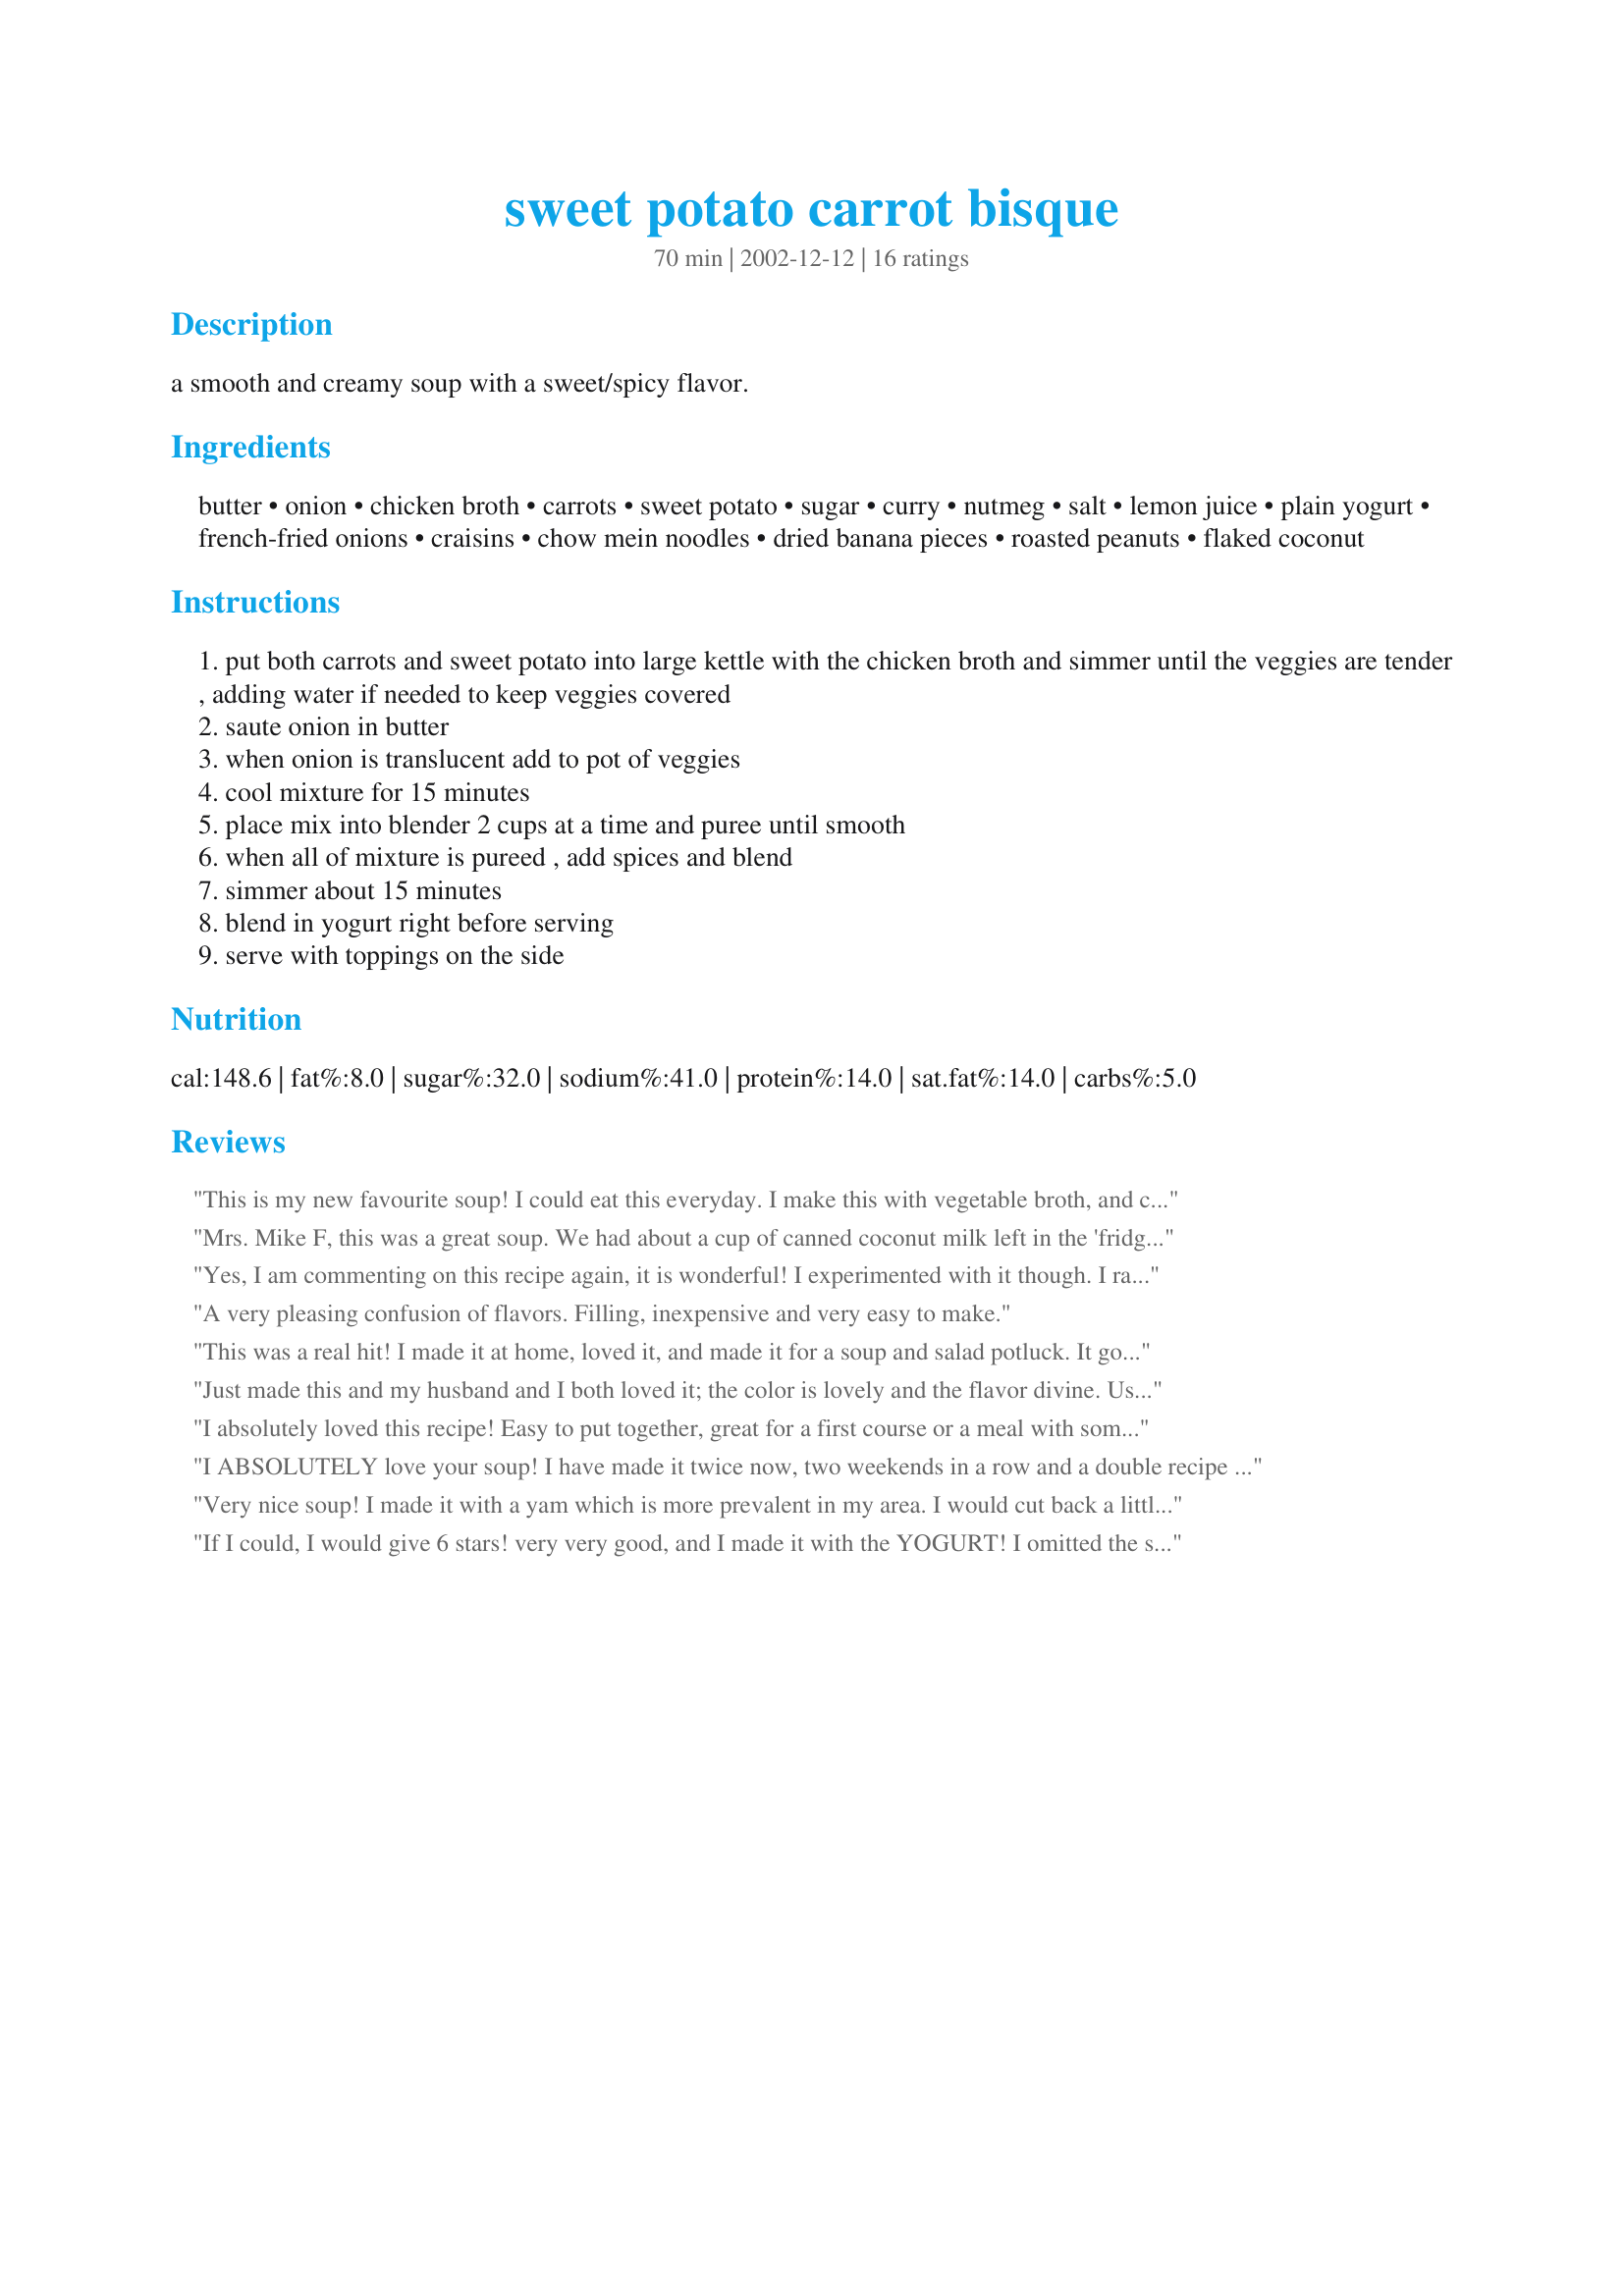
sweet potato carrot bisque
Preparation time: 70 minutes

a smooth and creamy soup with a sweet/spicy flavor.

Ingredients:
butter, onion, chicken broth, carrots, sweet potato, sugar, curry, nutmeg, salt, lemon juice, plain yogurt, french-fried onions, craisins, chow mein noodles, dried banana pieces, roasted peanuts, flaked coconut

Steps:
put both carrots and sweet potato into large kettle with the chicken broth and simmer until the veggies are tender , adding water if needed to keep veggies covered
saute onion in butter
when onion is translucent add to pot of veggies
cool mixture for 15 minutes
place mix into blender 2 cups at a time and puree until smooth
when all of mixture is pureed , add spices and blend
simmer about 15 minutes
blend in yogurt right before serving
serve with toppings on the side

Reviews:
This is my new favourite soup! I could eat this everyday. I make this with vegetable broth, and coconut milk. It makes this soup vegan friendly, gluten and dairy free. Since I've been eliminating dairy from my diet, this is a great treat for me. It tastes very creamy and delicious!
Mrs. Mike F, this was a great soup. We had about a cup of canned coconut milk left in the 'fridge, so I added that while the chunky veg's were simmering. Whirred it up and added the spices with about 1/4 tsp cayenne pepper. Thanks for sharing such a winner!
Yes, I am commenting on this recipe again, it is wonderful! I experimented with it though. I ran out of curry powder, so I substituted 1/4 tsp and a dash (really threw in a bit here and there) of each of the following ingredients:
Garam Masala
Tumeric
Cumin
Ground Coriander
Ground Cloves
YUMMY!!!
A very pleasing confusion of flavors. Filling, inexpensive and very easy to make.
This was a real hit! I made it at home, loved it, and made it for a soup and salad potluck. It got raves and I got requests for the recipe from at least 4 people. Now I've been asked to make it again for this weekend.

The changes I made were to use low sodium vegetable broth instead of chicken broth, omitted the salt, and used canned coconut milk instead of yogurt. The coconut milk gives it a great texture and wonderful flavor!
Just made this and my husband and I both loved it; the color is lovely and the flavor divine. Used the coconut milk, 1/4 tsp cayenne pepper, double the curry, a little garlic, a dash of cumin and some chili powder, and half the salt. Substituted the vegetable broth for the chicken broth. Sprinkled toasted coconut on top as a finishing touch. Plan to serve this in demitasse cups as an appetizer at Thanksgiving. Thank you for a great recipe, and thanks to the reviewers for their helpful suggestions.
I absolutely loved this recipe! Easy to put together, great for a first course or a meal with some bread. I used a full cup of onion, and a little bit of garlic, sauteed. Yummy ! Thanks!
I ABSOLUTELY love your soup! I have made it twice now, two weekends in a row and a double recipe at that and it is gone in a flash. I took the advice of one of the reviewers and used the coconut milk and topped it with toasted coconut. I partnered it with recipe #275350,and they are excellent together. I used a little more spices since I like it spicy. My husband brought it to work and a co-worker liked it and requested the recipe. THANKS SO MUCH!!! PS I am also a "Mrs.Mike F." so I had to be sure to tell people that this is not my recipe :)
Very nice soup! I made it with a yam which is more prevalent in my area. I would cut back a little on the salt. I tried the mayo and found while it was good, it was not really needed. Overall the soup was very easy to make and it was done in time for lunch. Portion sizes are generous.
If I could, I would give 6 stars! very very good, and I made it with the YOGURT! 
I omitted the salt because my broth was salty enough. That's it. 
Thanks for sharing.
Very good, my husband (who thinks a meal without meat is a punishment) LOVED it. Interesting flavors, easy to make. We will definitely make again!
I really liked this soup except for the yogurt. Very tasty. Next time I might put coconut milk in it. That sounds good to me, but still a real tasty soup. Thanks for posting.
Great soup!! Healthy and filling and the house smells GREAT while it's cooking. DH thought it was a little sweet so I might cut back on the sugar next time...
If you change the chicken broth to vegetable broth then this recipe can be called vegetarian.
Yum! I'd forgotten how good soup can be, and I even took a couple shortcuts: didn't saute the onions, didn't add butter for health reasons, and didn't add any toppings. It was still delicious! I didn't have any nutmeg or lemon juice on hand, but I did add a dash of cinnamon. I will definitely try this again, but w/ lemon juice and nutmeg.
Very good soup. Quite easy if you have broth already available. I added a bit of ginger but otherwise followed recipe. Very healthy lunch with a tossed salad!
